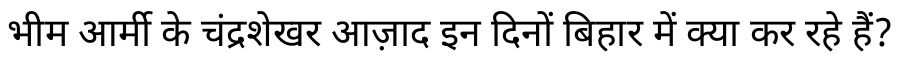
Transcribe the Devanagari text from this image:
भीम आर्मी के चंद्रशेखर आज़ाद इन दिनों बिहार में क्या कर रहे हैं?